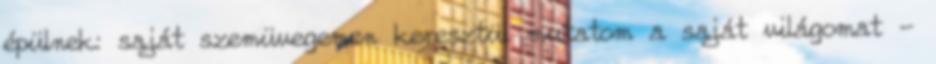
épülnek: saját szemüvegemen keresztül mutatom a saját világomat -